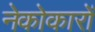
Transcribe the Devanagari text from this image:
नेकोकारों